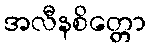
အလီနစိတ္တော